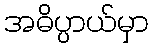
အဓိပ္ပာယ်မှာ